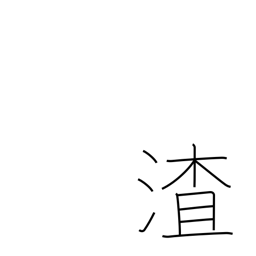
Meaning: dregs